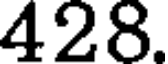
428.